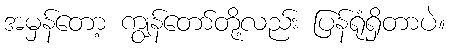
အမှန်တော့ ကျွန်တော်တို့လည်း ပြန်ရုံရှိတာပဲ။